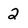
Character: 2